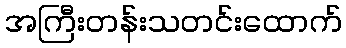
အကြီးတန်းသတင်းထောက်